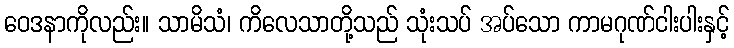
ဝေဒနာကိုလည်း။ သာမိသံ၊ ကိလေသာတို့သည် သုံးသပ် အပ်သော ကာမဂုဏ်ငါးပါးနှင့်